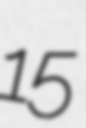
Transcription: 15